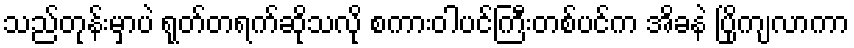
သည်တုန်းမှာပဲ ရုတ်တရက်ဆိုသလို စကားဝါပင်ကြီးတစ်ပင်က အိခနဲ ပြိုကျလာကာ